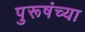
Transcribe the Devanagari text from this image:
पुरूषंच्या